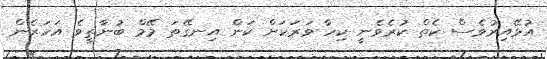
އުޅޭއިރުވެސް ކެތް ކުރެވެނީ ކިހާ ވަރަކަށް ކަން އިނގޭތަ މޭމް ބުނާތީވެ އަހަރެން